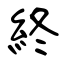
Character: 終